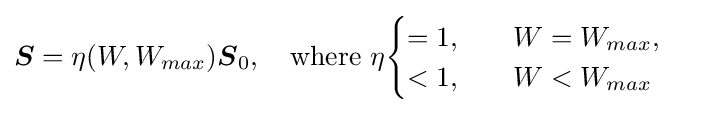
{\boldsymbol {S}}=\eta (W,W_{max}){\boldsymbol {S}}_{0},\quad {\text{where }}\eta {\begin{cases}=1,\quad &W=W_{max},\\<1,&W<W_{max}\end{cases}}\quad